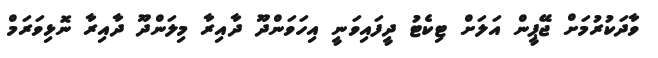
ވާދަކުރުމަށް ޖޭޕީން އަލަށް ޓިކެޓު ދީފައިވަނީ އިހަވަންދޫ ދާއިރާ މިލަންދޫ ދާއިރާ ނޮޅިވަރަމް